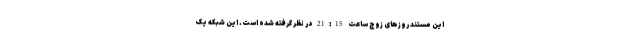
این مستند روزهای زوج ساعت 21:15 در نظر گرفته شده است. این شبکه یک